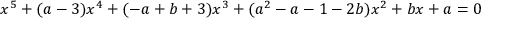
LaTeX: x ^ { 5 } + ( a - 3 ) x ^ { 4 } + ( - a + b + 3 ) x ^ { 3 } + ( a ^ { 2 } - a - 1 - 2 b ) x ^ { 2 } + b x + a = 0